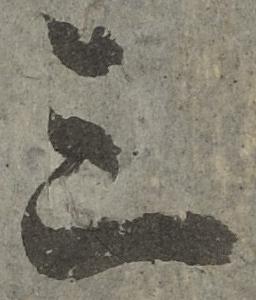
三